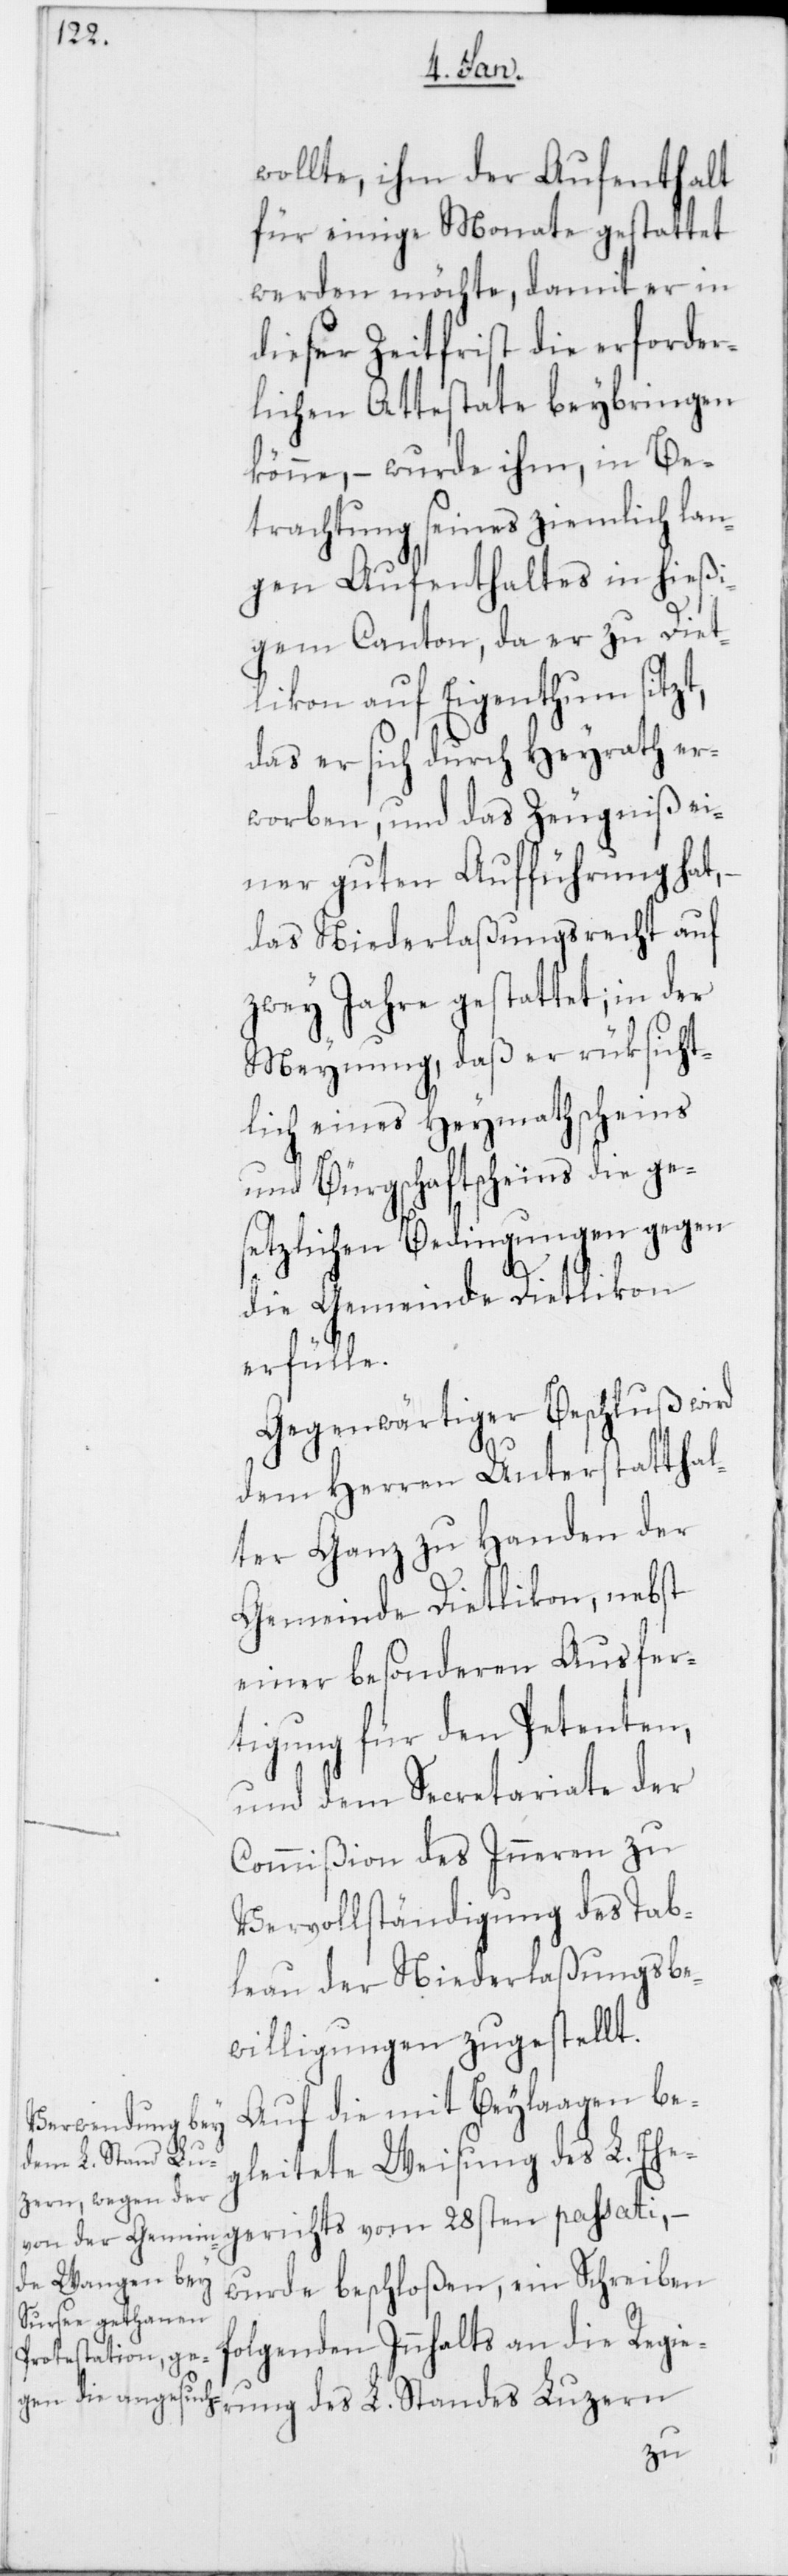
wollte, ihm der Aufenthalt
für einige Monate gestattet
werden möchte, damit er in
dieser Zeitfrist die erforder¬
lichen Attestate beybringen
könne, – wurde ihm, in Be¬
trachtung seines ziemlich lan¬
gen Aufenthaltes in hießi¬
gem Canton, da er zu Diet¬
likon auf Eigenthum sitzt,
das er sich durch Heyrath er¬
worben, und das Zeugniß ei¬
ner guten Aufführung hat,
das Niederlaßungsrecht auf
zwey Jahre gestattet; in der
Meynung, daß er rüksicht¬
lich eines Heymathscheins
und Bürgschaftscheins die ge¬
setzlichen Bedingungen gegen
die Gemeinde Dietlikon
erfülle.
Gegenwärtiger Beschluß wird
dem Herren Unterstatthal¬
ter Ganz zu Handen der
Gemeinde Dietlikon, nebst
einer besonderen Ausfer¬
tigung für den Petenten,
und dem Secretariate der
Commißion des Inneren zu
Vervollständigung des Tab¬
leau der Niederlaßungsbe¬
willigungen zugestellt.
Auf die mit Beylaagen be¬
gleitete Weisung des L. Ehe¬
gerichts vom 28sten passati, –
wurde beschloßen, ein Schreiben
folgenden Innhalts an die Regie¬
rung des L. Standes Luzern